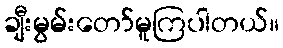
ချီးမွမ်းတော်မူကြပါတယ်။